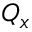
Q _ { x }